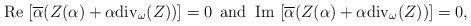
LaTeX: \begin{align*}{\rm Re}\,\left[\overline{\alpha}(Z(\alpha)+\alpha{\rm div}_\omega(Z))\right]=0\,\,\,{\rm and}\,\,\,{\rm Im}\,\left[\overline{\alpha}(Z(\alpha)+\alpha{\rm div}_\omega(Z))\right]=0,\end{align*}